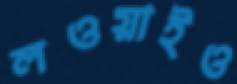
লওয়াইও